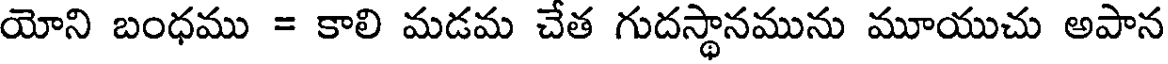
యోని బంధము = కాలి మడమ చేత గుదస్థానమును మూయుచు అపాన